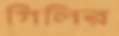
গিলির